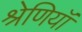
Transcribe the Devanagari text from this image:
श्रेणियॉं